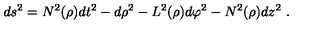
d s ^ { 2 } = N ^ { 2 } ( \rho ) d t ^ { 2 } - d \rho ^ { 2 } - L ^ { 2 } ( \rho ) d \varphi ^ { 2 } - N ^ { 2 } ( \rho ) d z ^ { 2 } \ .